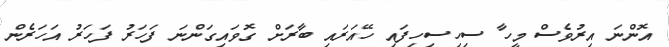
އޮންނަ އިރުވެސް މީހާ ސިހިސިހިފައި ހޭއަރައި ބާރަށް ގޮވައިގަންނަ ފަހަރު ފަހަރު އަހަރެން